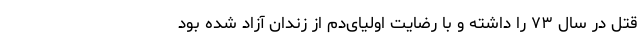
قتل در سال ۷۳ را داشته و با رضایت اولیای‌دم از زندان آزاد شده بود